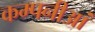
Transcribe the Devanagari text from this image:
कम्पनीआं